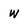
Character: w